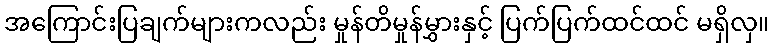
အကြောင်းပြချက်များကလည်း မှုန်တိမှုန်မွှားနှင့် ပြက်ပြက်ထင်ထင် မရှိလှ။